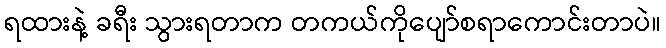
ရထားနဲ့ ခရီး သွားရတာက တကယ်ကိုပျော်စရာကောင်းတာပဲ။